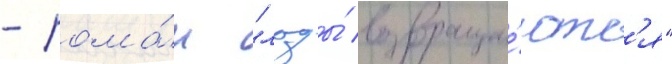
- рома́н "льды́ возвраща́ютс'я"